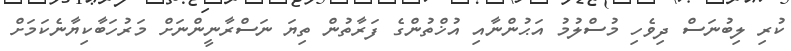
ކުރި ލިބުނަސް ދިވެހި މުސްލުމު އަޙުންނާއި އުޚްތުންގެ ފަރާތުން ތިޔަ ނަސްރާނީންނަށް މަރުހަބާކިޔާނެކަމަށް